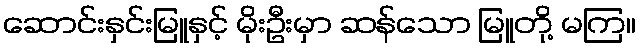
ဆောင်းနှင်းမြူနှင့် မိုးဦးမှာ ဆန်သော မြူတို့ မကြ။